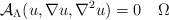
LaTeX: \begin{align*} \mathcal A_{\Lambda}(u,\nabla u,\nabla^{2}u)=0 \quad\Omega\end{align*}